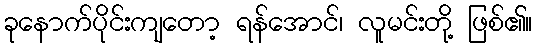
ခုနောက်ပိုင်းကျတော့ ရန်အောင်၊ လူမင်းတို့ ဖြစ်၏။